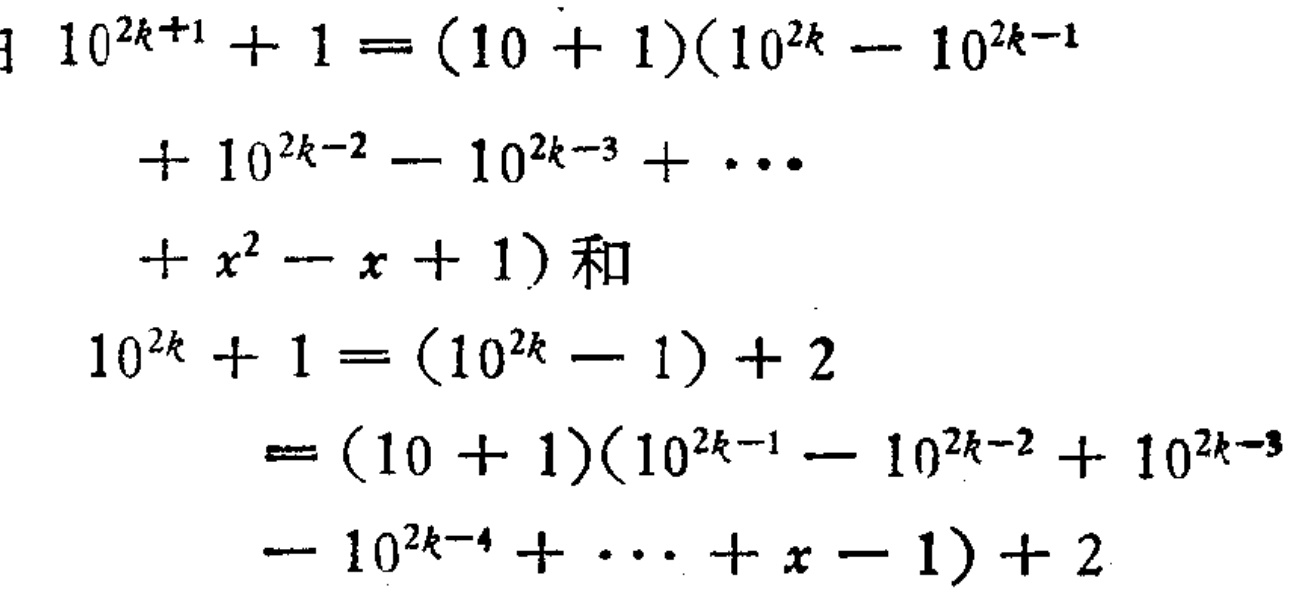
\[

\begin{align*}

10^{2k + 1}+1&=(10 + 1)(10^{2k}-10^{2k - 1}\\

&+10^{2k - 2}-10^{2k - 3}+\cdots\\

&+x^{2}-x + 1)\text{ 和}\\

10^{2k}+1&=(10^{2k}-1)+2\\

&=(10 + 1)(10^{2k - 1}-10^{2k - 2}+10^{2k - 3}\\

&-10^{2k - 4}+\cdots+x - 1)+2

\end{align*}

\]